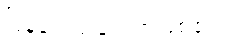
ပြန်ရေးရခြင်းဘဲဖြစ်၏။